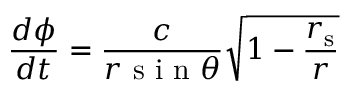
{ \frac { d \phi } { d t } } = { \frac { c } { r { \textrm { s i n } } \theta } } { \sqrt { 1 - { \frac { r _ { \mathrm { { s } } } } { r } } } }